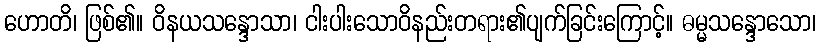
ဟောတိ၊ ဖြစ်၏။ ဝိနယသန္ဒောသာ၊ ငါးပါးသောဝိနည်းတရား၏ပျက်ခြင်းကြောင့်။ ဓမ္မသန္ဒောသော၊